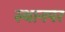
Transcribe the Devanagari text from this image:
स्‍थानपर